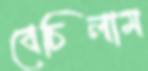
বেচিলাম